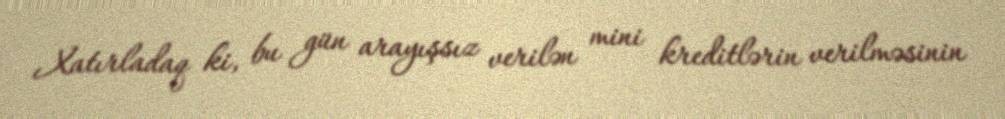
Xatırladaq ki, bu gün arayışsız verilən mini kreditlərin verilməsinin